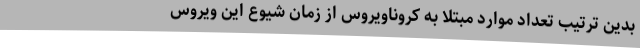
بدین ترتیب تعداد موارد مبتلا به کروناویروس از زمان شیوع این ویروس